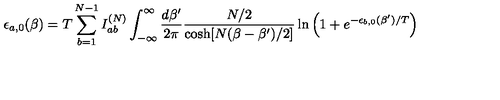
\epsilon _ { a , 0 } ( \beta ) = T \sum _ { b = 1 } ^ { N - 1 } I _ { a b } ^ { ( N ) } \int _ { - \infty } ^ { \infty } \frac { d \beta ^ { \prime } } { 2 \pi } \frac { N / 2 } { \cosh [ N ( \beta - \beta ^ { \prime } ) / 2 ] } \ln \left( 1 + e ^ { - \epsilon _ { b , 0 } ( \beta ^ { \prime } ) / T } \right)